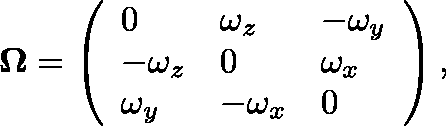
\mathbf { \Omega } = \left( \begin{array} { l l l } { 0 } & { \omega _ { z } } & { - \omega _ { y } } \\ { - \omega _ { z } } & { 0 } & { \omega _ { x } } \\ { \omega _ { y } } & { - \omega _ { x } } & { 0 } \end{array} \right) ,